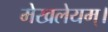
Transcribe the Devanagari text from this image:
मेखलेयम्।